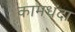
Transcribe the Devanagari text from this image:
कामधंदा